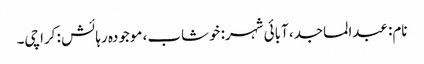
نام: عبدالماجد، آبائی شہر: خوشاب، موجودہ رہائش : کراچی۔